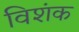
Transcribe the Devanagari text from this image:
विशंक